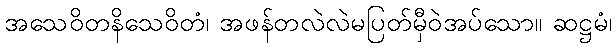
အသေဝိတနိသေဝိတံ၊ အဖန်တလဲလဲမပြတ်မှီဝဲအပ်သော။ ဆဋ္ဌမံ၊